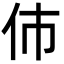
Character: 伂